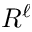
R ^ { \ell }